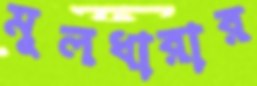
মূলধারার